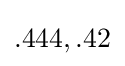
{\textstyle .444,.42}